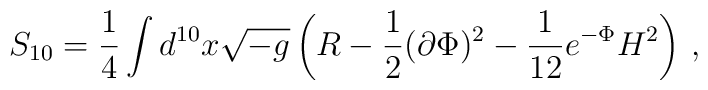
S_{10} = \frac{1}{4} \int d^{10}x \sqrt{-g} \left( R - \frac{1}{2}(\partial \Phi)^2 - \frac{1}{12} e^{-\Phi} H^2   \right)\,,